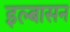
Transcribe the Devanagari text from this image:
इल्बासन